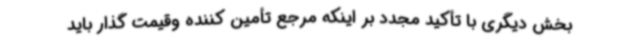
بخش دیگری با تأکید مجدد بر اینکه مرجع تأمین کننده وقیمت گذار باید